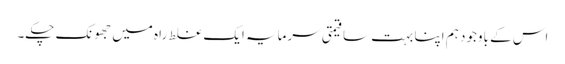
اس کے باوجود ہم اپنا بہت سا قیمتی سرمایہ ایک غلط راہ میں جھونک چکے۔